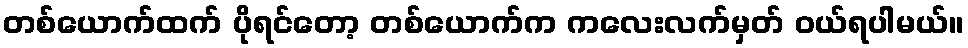
တစ်ယောက်ထက် ပိုရင်တော့ တစ်ယောက်က ကလေးလက်မှတ် ဝယ်ရပါမယ်။